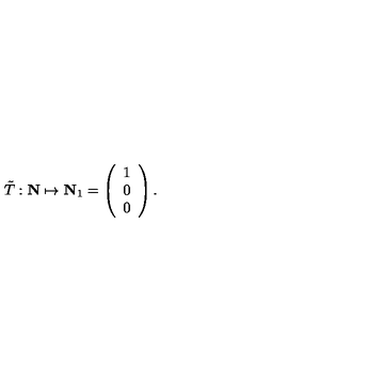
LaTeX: { \tilde { T } } : { \bf N } \mapsto { \bf N } _ { 1 } = \left( \begin{array} { c } { 1 } \\ { 0 } \\ { 0 } \\ \end{array} \right) .